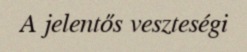
A jelentős veszteségi